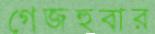
গেজহুবার